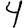
Digit: 4